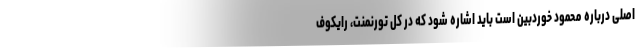
اصلی درباره محمود خوردبین است باید اشاره شود که در کل تورنمنت، رایکوف